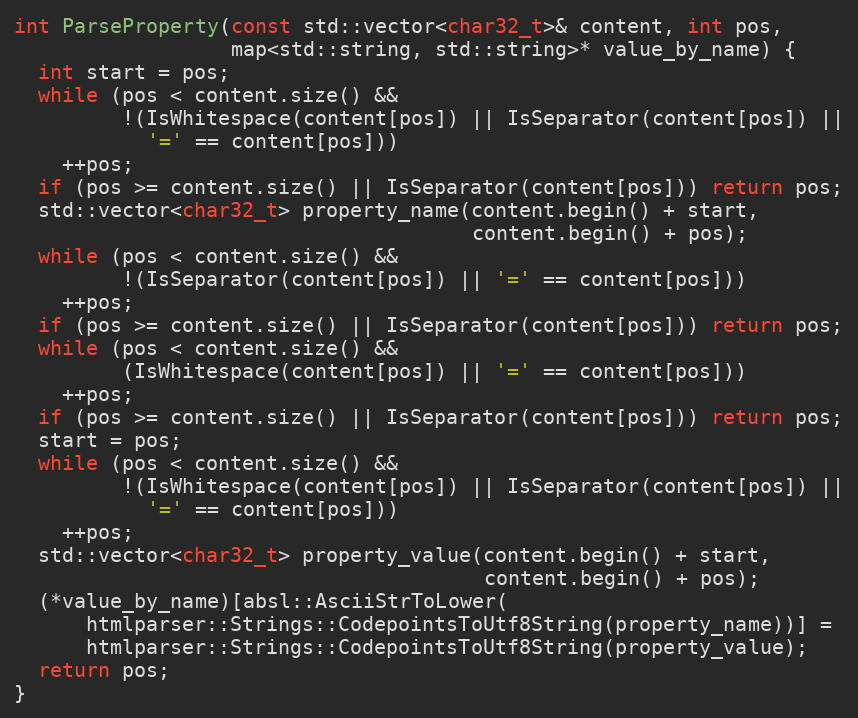
Language: C++
int ParseProperty(const std::vector<char32_t>& content, int pos,
                  map<std::string, std::string>* value_by_name) {
  int start = pos;
  while (pos < content.size() &&
         !(IsWhitespace(content[pos]) || IsSeparator(content[pos]) ||
           '=' == content[pos]))
    ++pos;
  if (pos >= content.size() || IsSeparator(content[pos])) return pos;
  std::vector<char32_t> property_name(content.begin() + start,
                                      content.begin() + pos);
  while (pos < content.size() &&
         !(IsSeparator(content[pos]) || '=' == content[pos]))
    ++pos;
  if (pos >= content.size() || IsSeparator(content[pos])) return pos;
  while (pos < content.size() &&
         (IsWhitespace(content[pos]) || '=' == content[pos]))
    ++pos;
  if (pos >= content.size() || IsSeparator(content[pos])) return pos;
  start = pos;
  while (pos < content.size() &&
         !(IsWhitespace(content[pos]) || IsSeparator(content[pos]) ||
           '=' == content[pos]))
    ++pos;
  std::vector<char32_t> property_value(content.begin() + start,
                                       content.begin() + pos);
  (*value_by_name)[absl::AsciiStrToLower(
      htmlparser::Strings::CodepointsToUtf8String(property_name))] =
      htmlparser::Strings::CodepointsToUtf8String(property_value);
  return pos;
}